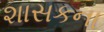
શાસકના